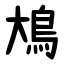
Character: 䲪